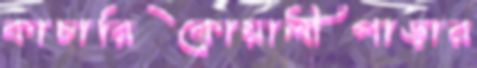
কাচারিকোয়ালীপাড়ার